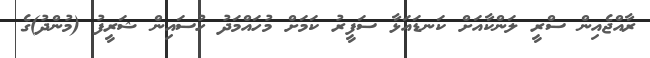
ރާއްޖެއިން ސްރީ ލަންކާއަށް ކަނޑައަޅާ ސަފީރު ކަމަށް މުހައްމަދު ހުސައިން ޝަރީފު (މުންދު)ގެ